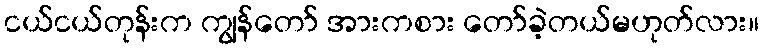
ငယ်ငယ်တုန်းက ကျွန်တော် အားကစား တော်ခဲ့တယ်မဟုတ်လား။